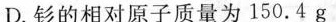
D.钐的相对原子质量为150.4g